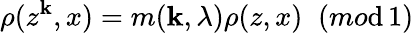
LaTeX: \rho(z^{\mathbf{k}},x)=m(\mathbf{k},\lambda)\rho(z,x)\; \; (mo\mathrm{d}\, 1)